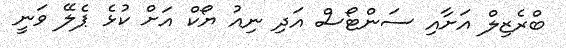
ބްރެޒިލް އަށާއި ސަންޓޯސް އަދި ނިއު ޔޯކް އަށް ކުޅެ ޕެލޭ ވަނީ